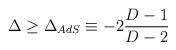
LaTeX: \begin{align*}\Delta \geq \Delta_{AdS} \equiv -2 \frac{D-1}{D-2}\end{align*}